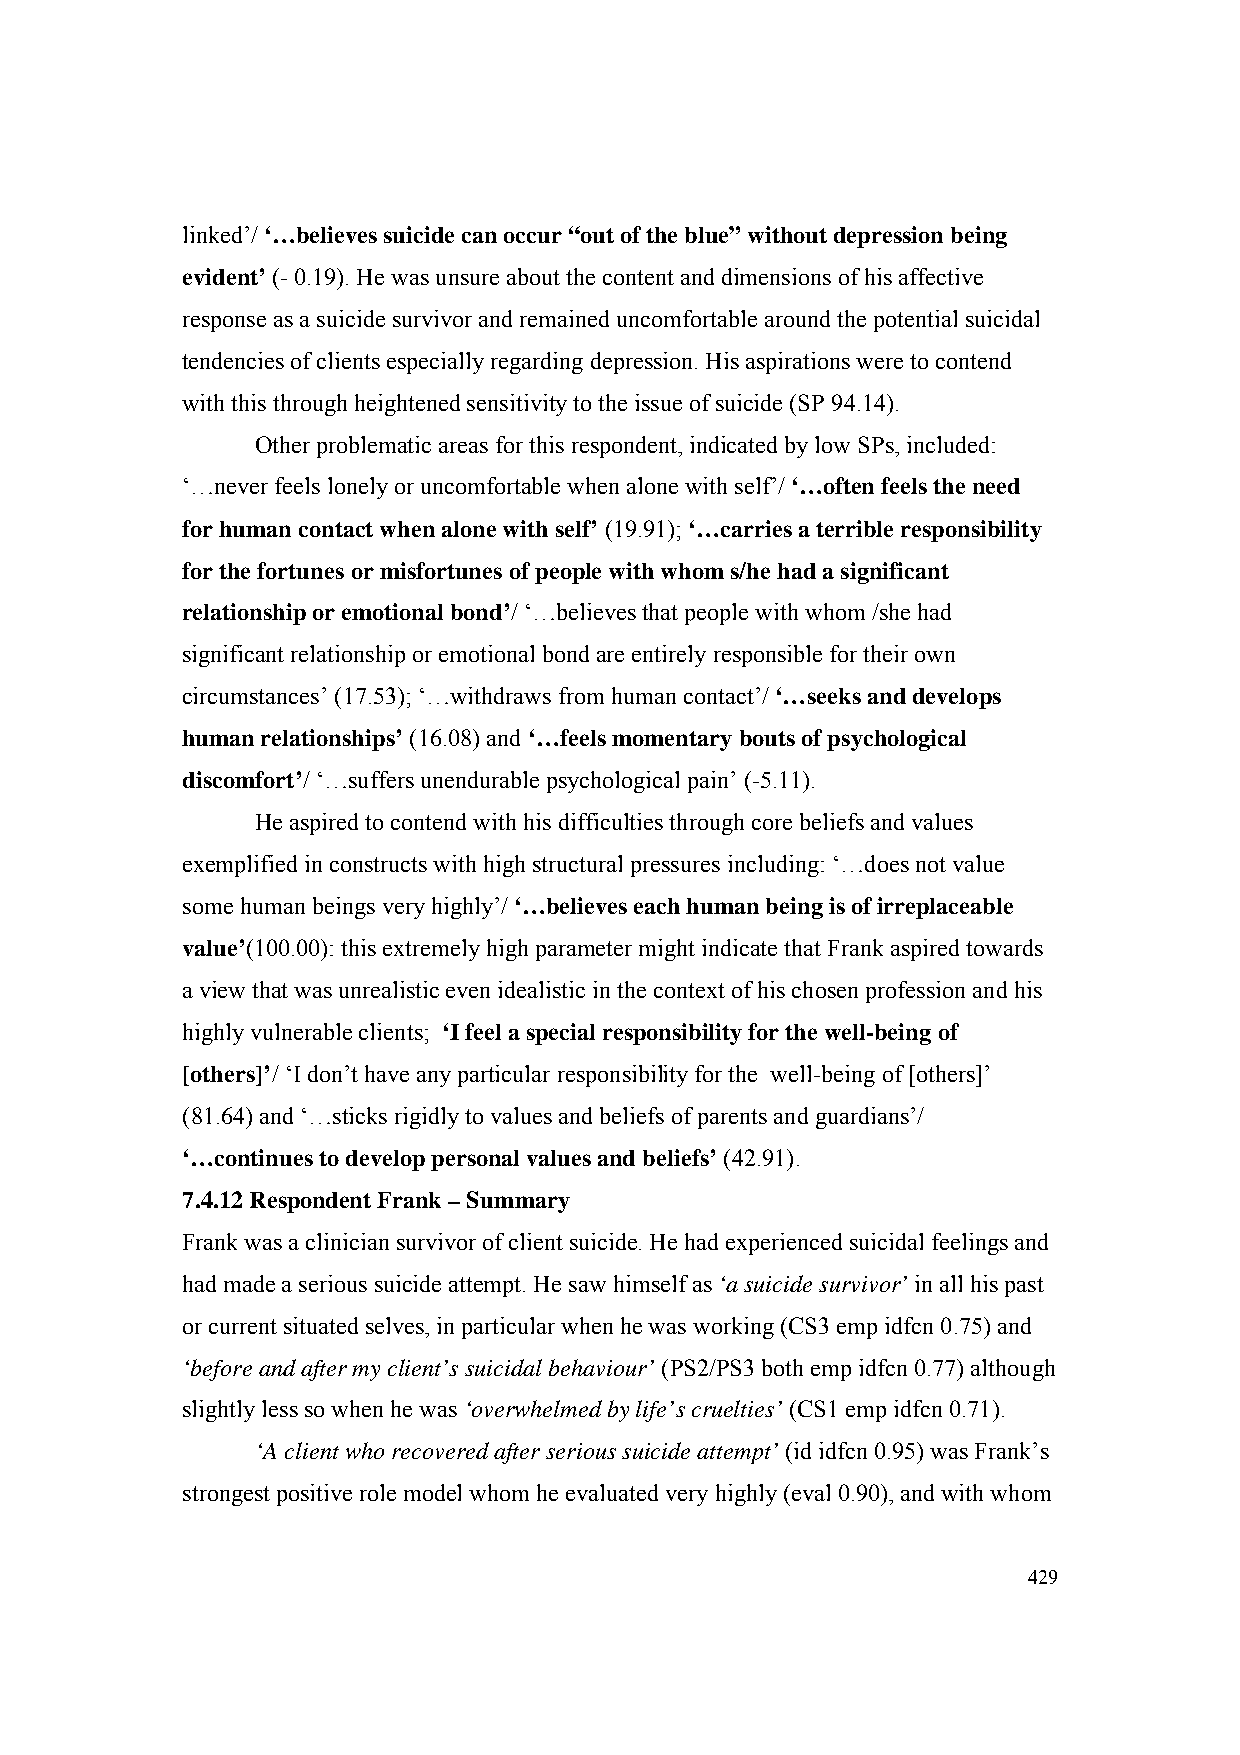
linked’/ ‘…believes suicide can occur “out of the blue” without depression being
 evident’ (- 0.19). He was unsure about the content and dimensions of his affective
 response as a suicide survivor and remained uncomfortable around the potential suicidal
 tendencies of clients especially regarding depression. His aspirations were to contend
 with this through heightened sensitivity to the issue of suicide (SP 94.14).
 Other problematic areas for this respondent, indicated by low SPs, included:
 ‘…never feels lonely or uncomfortable when alone with self’/ ‘…often feels the need
 for human contact when alone with self’ (19.91); ‘…carries a terrible responsibility
 for the fortunes or misfortunes of people with whom s/he had a significant
 relationship or emotional bond’/ ‘…believes that people with whom /she had
 significant relationship or emotional bond are entirely responsible for their own
 circumstances’ (17.53); ‘…withdraws from human contact’/ ‘…seeks and develops
 human relationships’ (16.08) and ‘…feels momentary bouts of psychological
 discomfort’/ ‘…suffers unendurable psychological pain’ (-5.11).
 He aspired to contend with his difficulties through core beliefs and values
 exemplified in constructs with high structural pressures including: ‘…does not value
 some human beings very highly’/ ‘…believes each human being is of irreplaceable
 value’(100.00): this extremely high parameter might indicate that Frank aspired towards
 a view that was unrealistic even idealistic in the context of his chosen profession and his
 highly vulnerable clients; ‘I feel a special responsibility for the well-being of
 [others]’/ ‘I don’t have any particular responsibility for the well-being of [others]’
 (81.64) and ‘…sticks rigidly to values and beliefs of parents and guardians’/
 ‘…continues to develop personal values and beliefs’ (42.91).
 7.4.12 Respondent Frank – Summary
 Frank was a clinician survivor of client suicide. He had experienced suicidal feelings and
 had made a serious suicide attempt. He saw himself as ‘a suicide survivor’ in all his past
 or current situated selves, in particular when he was working (CS3 emp idfcn 0.75) and
 ‘before and after my client’s suicidal behaviour’ (PS2/PS3 both emp idfcn 0.77) although
 slightly less so when he was ‘overwhelmed by life’s cruelties’ (CS1 emp idfcn 0.71).
 ‘A client who recovered after serious suicide attempt’ (id idfcn 0.95) was Frank’s
 strongest positive role model whom he evaluated very highly (eval 0.90), and with whom
 429